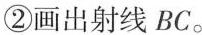
②画出射线BC。